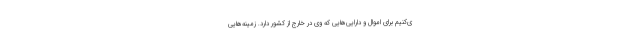
ی‌کنیم برای اموال و دارایی‌هایی که وی در خارج از کشور دارد. زمینه‌هایی